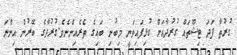
ގުރުތާ ފަދަ ޓިޝޫތައް ގުރުދާއަށް ގުޅިފައިވަނީ މިބުނި ބައިގެ ތެރެއިންނެވެ.ގުރުދާގެ ބޭރުން އިންނަ